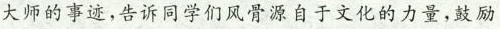
大师的事迹,告诉同学们风骨源自于文化的力量,鼓励